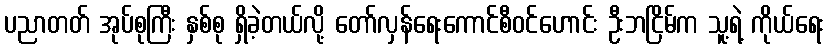
ပညာတတ် အုပ်စုကြီး နှစ်စု ရှိခဲ့တယ်လို့ တော်လှန်ရေးကောင်စီဝင်ဟောင်း ဦးဘငြိမ်က သူ့ရဲ့ ကိုယ်ရေး